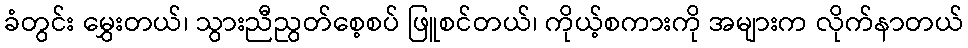
ခံတွင်း မွှေးတယ်၊ သွားညီညွတ်စေ့စပ် ဖြူစင်တယ်၊ ကိုယ့်စကားကို အများက လိုက်နာတယ်